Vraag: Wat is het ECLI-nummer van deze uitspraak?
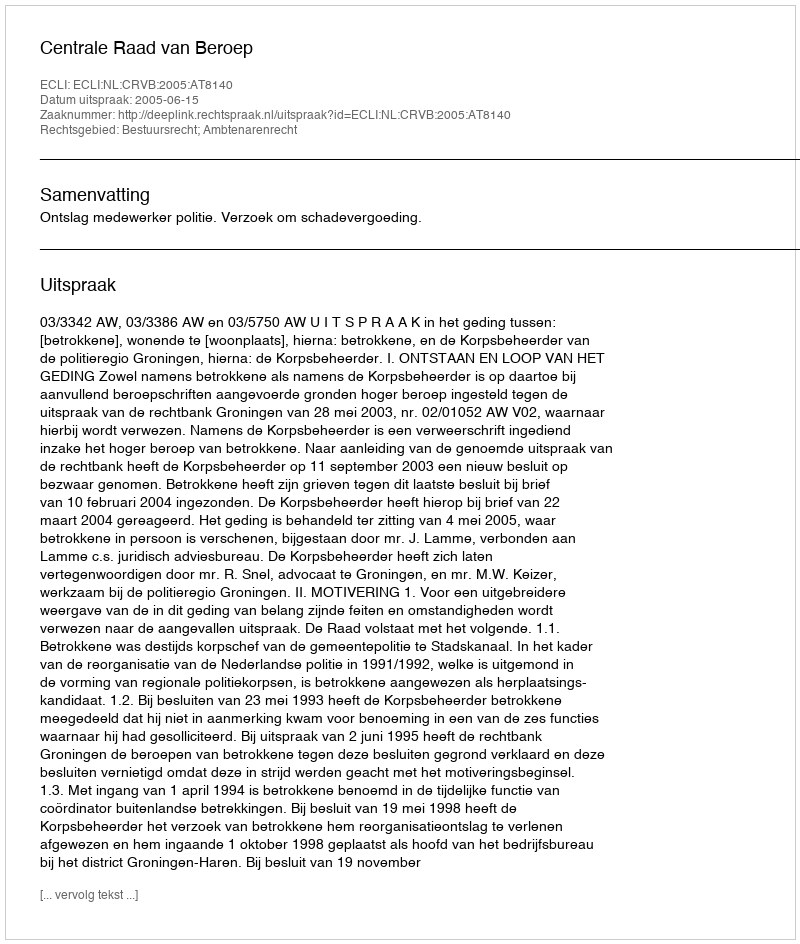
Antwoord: ECLI:NL:CRVB:2005:AT8140